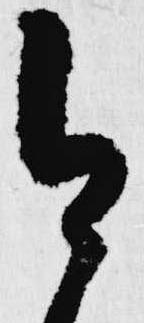
今